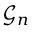
{ \mathcal { G } } _ { n }